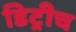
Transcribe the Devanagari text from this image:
डिट्रीच